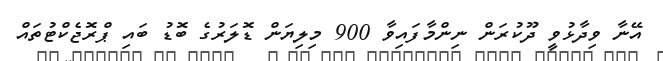
އޭނާ ވިދާޅުވީ ދޫކުރަން ނިންމާފައިވާ 900 މިލިޔަން ޑޮލަރުގެ ބޮޑު ބައި ޕްރޮޖެކްޓުތައް